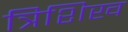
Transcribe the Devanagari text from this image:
त्रिशिख